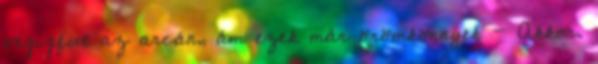
végigfut az arcán, ám ezek már örömkönnyek - Akkor.